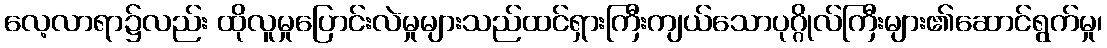
လေ့လာရာ၌လည်း ထိုလူမှုပြောင်းလဲမှုများသည်ထင်ရှားကြီးကျယ်သောပုဂ္ဂိုလ်ကြီးများ၏ဆောင်ရွက်မှု၊